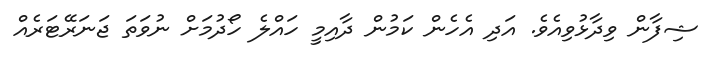
ޝިފާން ވިދާޅުވިއެވެ. އަދި އެހެން ކަމުން ދާއިމީ ހައްލެ ހޯދުމަށް ނުވަތަ ޖަނަރޭޓަރެއް